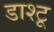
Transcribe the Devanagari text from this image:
डाश्टू